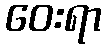
ဝေးရာ